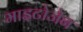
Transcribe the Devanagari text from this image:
माइटोजेन